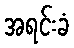
အရင်းခံ